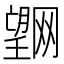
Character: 𭩌